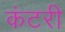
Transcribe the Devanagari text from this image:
कंटरी